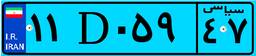
۲۱D۵۸۱۰۲